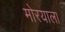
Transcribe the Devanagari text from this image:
मोरयाला